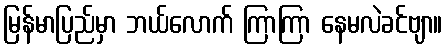
မြန်မာပြည်မှာ ဘယ်လောက် ကြာကြာ နေမလဲခင်ဗျာ။